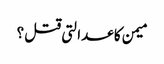
میمن کا عدالتی قتل ؟